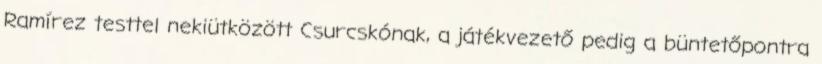
Ramírez testtel nekiütközött Csurcskónak, a játékvezető pedig a büntetőpontra